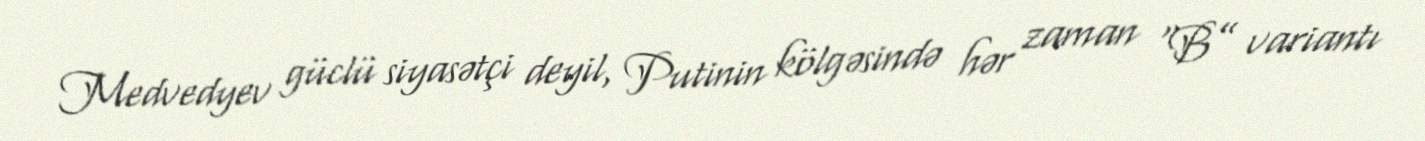
Medvedyev güclü siyasətçi deyil, Putinin kölgəsində hər zaman “B” variantı